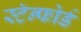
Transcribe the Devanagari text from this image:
स्टॅन्फोर्ड